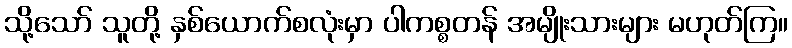
သို့သော် သူတို့ နှစ်ယောက်စလုံးမှာ ပါကစ္စတန် အမျိုးသားများ မဟုတ်ကြ။